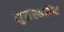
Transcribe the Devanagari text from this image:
सुसंस्थापित